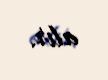
alır.